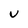
Character: U